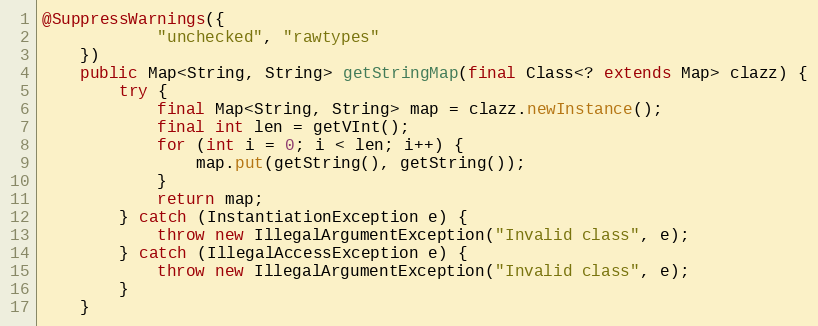
Language: Java
@SuppressWarnings({
			"unchecked", "rawtypes"
	})
	public Map<String, String> getStringMap(final Class<? extends Map> clazz) {
		try {
			final Map<String, String> map = clazz.newInstance();
			final int len = getVInt();
			for (int i = 0; i < len; i++) {
				map.put(getString(), getString());
			}
			return map;
		} catch (InstantiationException e) {
			throw new IllegalArgumentException("Invalid class", e);
		} catch (IllegalAccessException e) {
			throw new IllegalArgumentException("Invalid class", e);
		}
	}